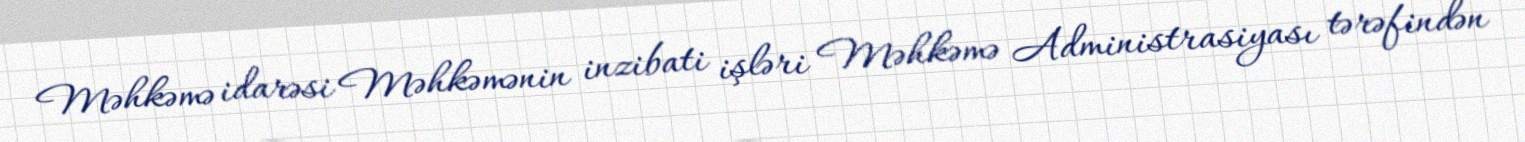
Məhkəmə idarəsi Məhkəmənin inzibati işləri Məhkəmə Administrasiyası tərəfindən